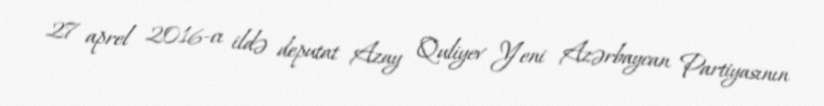
27 aprel 2016-cı ildə deputat Azay Quliyev Yeni Azərbaycan Partiyasının